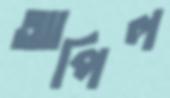
আপিল